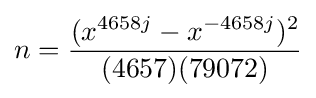
n={\frac {(x^{4658j}-x^{-4658j})^{2}}{(4657)(79072)}}